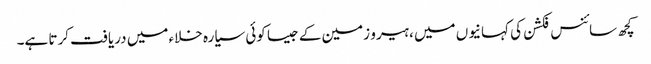
کچھ سائنس فکشن کی کہانیوں میں ، ہیرو زمین کے جیسا کوئی سیارہ خلاء میں دریافت کرتا ہے۔